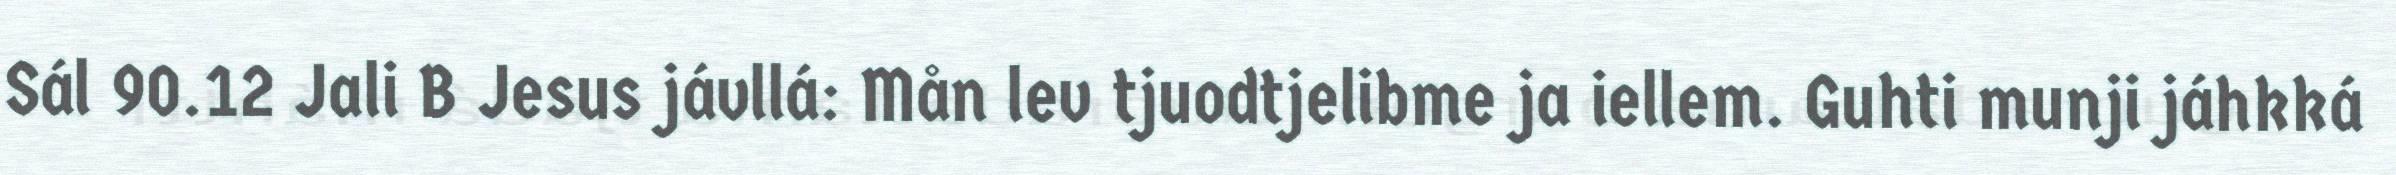
Sál 90.12 Jali B Jesus jávllá: Mån lev tjuodtjelibme ja iellem. Guhti munji jáhkká